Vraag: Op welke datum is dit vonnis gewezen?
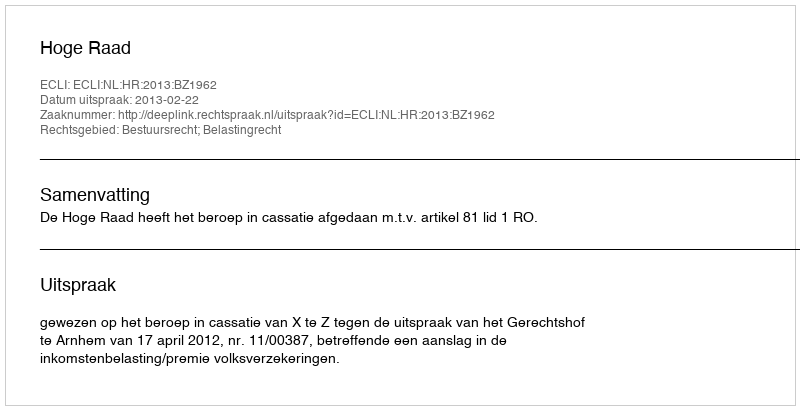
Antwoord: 2013-02-22